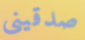
صدقينى